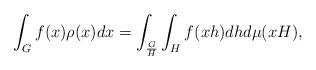
LaTeX: \begin{align*}\int _G f(x) \rho(x) dx =\int _{\frac{G}{H}} \int _H f(xh) dh d\mu (xH), \end{align*}